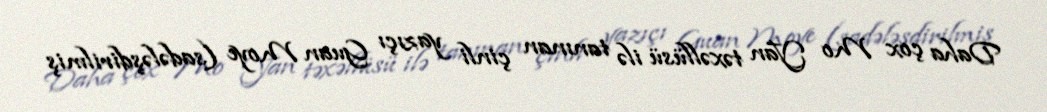
Daha çox Mo Yan təxəllüsü ilə tanınan çinli yazıçı Guan Moye (sadələşdirilmiş